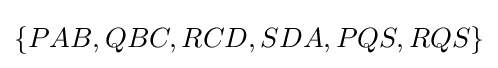
\{PAB,QBC,RCD,SDA,PQS,RQS\}